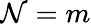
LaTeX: \mathcal{N}=m